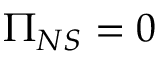
\Pi _ { N S } = 0